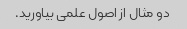
دو مثال از اصول علمی بیاورید.